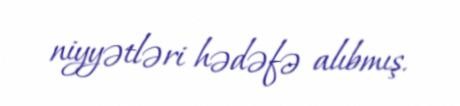
niyyətləri hədəfə alıbmış.